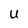
Character: U